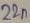
Text: 22µF